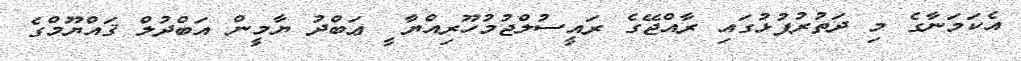
އެކަމަނާގެ މި ދަތުރުފުޅުގައި ރާއްޖޭގެ ރައީސުލްޖުމުހޫރިއްޔާ ީ ޢަބްދު ޔާމީން އަބްދުލް ޤައްޔޫމްގެ